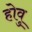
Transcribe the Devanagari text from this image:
होवु